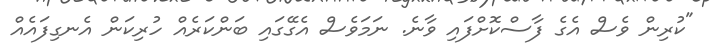
"ކުރިން ވެސް އެގެ ފާސްކޮށްފައި ވާނެ. ނަމަވެސް އެގޭގައި ބަންކަރެއް ހުރިކަން އެނގިފައެއް